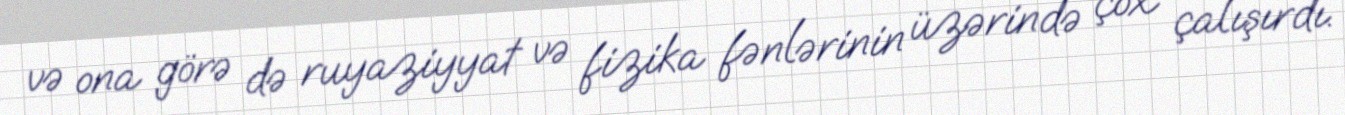
və ona görə də ruyaziyyat və fizika fənlərinin üzərində çox çalışırdı.